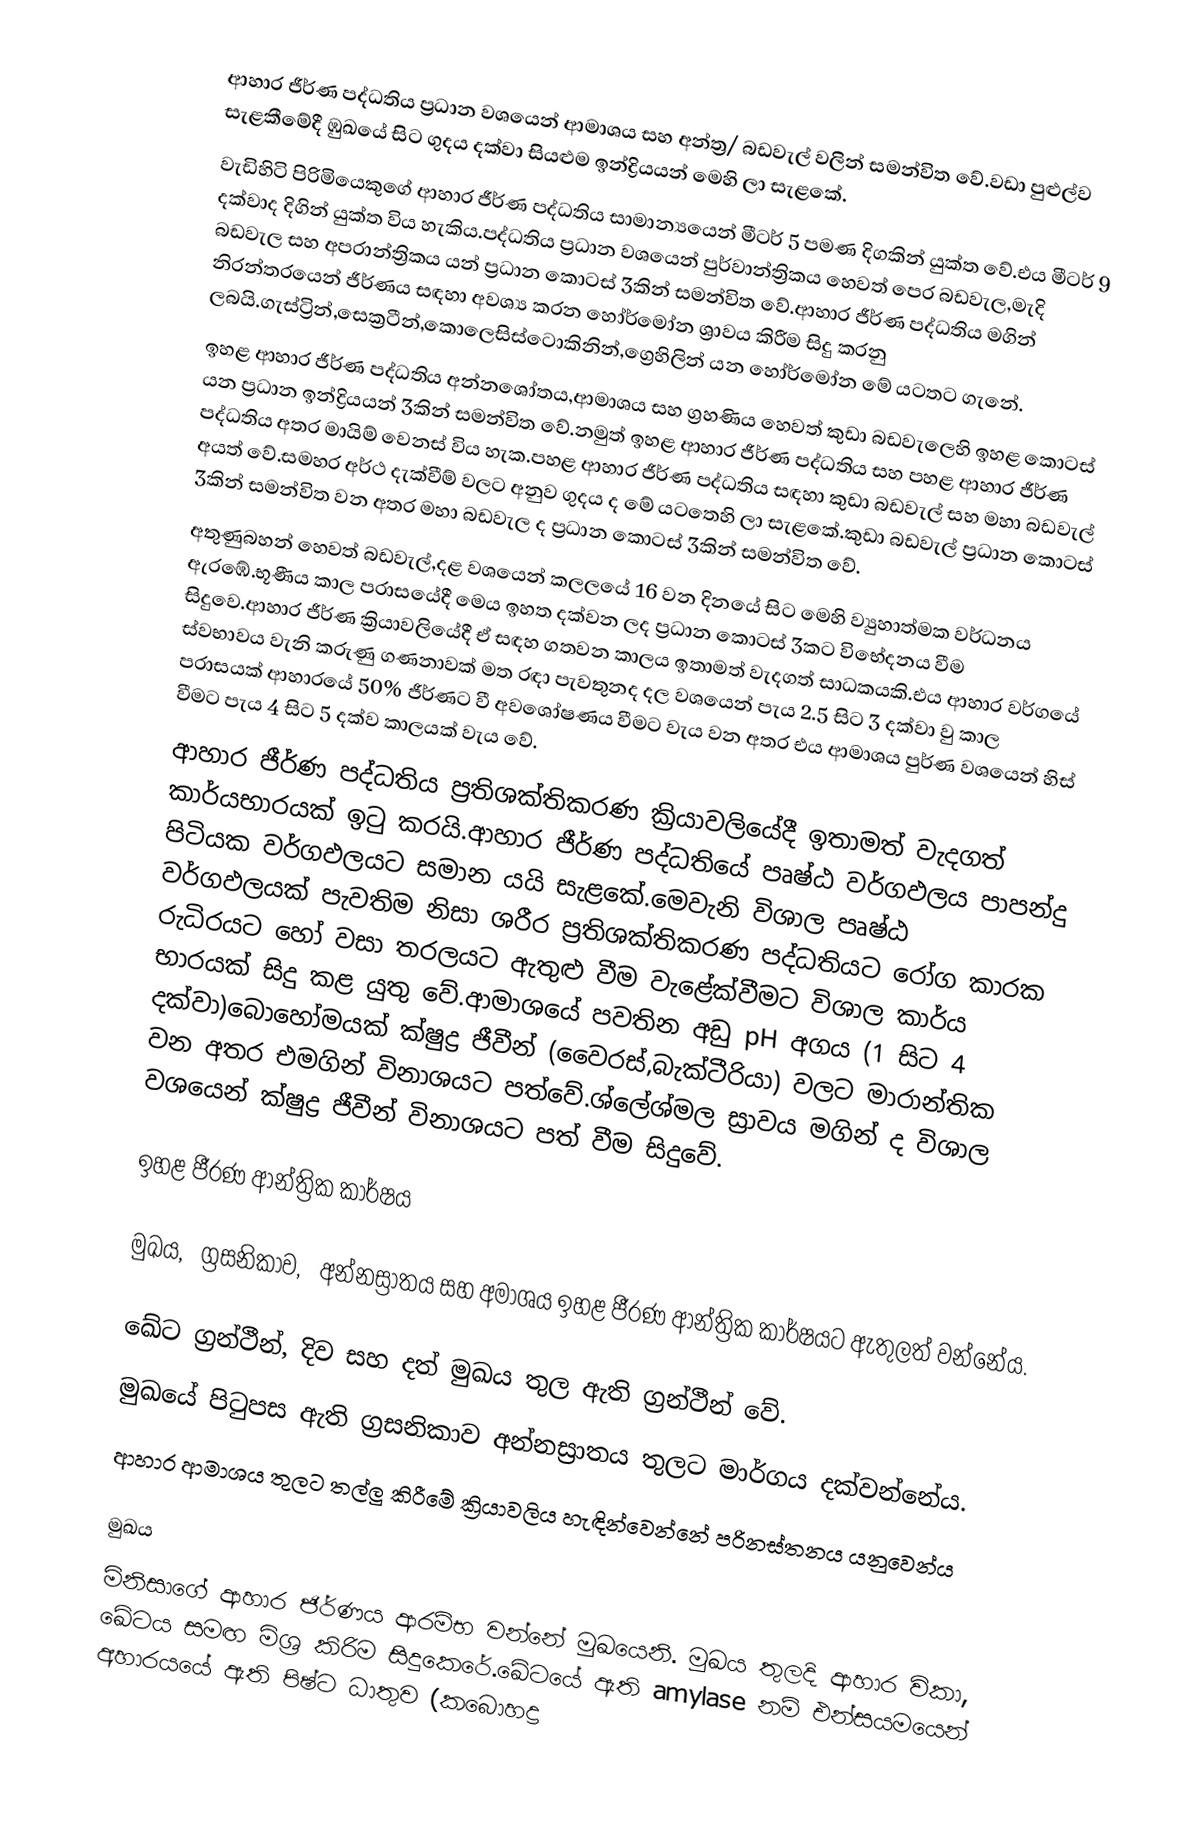
ආහාර ජීර්ණ පද්ධතිය ප්‍රධාන වශයෙන් ආමාශය සහ අන්ත්‍ර/ බඩවැල් වලින් සමන්විත වේ.වඩා පුළුල්ව සැළකීමේදී ඹුඛයේ සිට ගුදය දක්වා සියළුම ඉන්ද්‍රියයන් මෙහි ලා සැළකේ.
වැඩිහිටි පිරිමියෙකුගේ ආහාර ජීර්ණ පද්ධතිය සාමාන්‍යයෙන් මීටර් 5 පමණ දිගකින් යුක්ත වේ.එය මීටර් 9 දක්වාද දිගින් යුක්ත විය හැකිය.පද්ධතිය ප්‍රධාන වශයෙන් පුර්වාන්ත්‍රිකය හෙවත් පෙර බඩවැල,මැදි බඩවැල සහ අපරාන්ත්‍රිකය යන් ප්‍රධාන කොටස් 3කින් සමන්විත වේ.ආහාර ජීර්ණ පද්ධතිය මගින් නිරන්තරයෙන් ජීර්ණය සඳහා අවශ්‍ය කරන හෝර්මෝන ශ්‍රාවය කිරීම සිදු කරනු ලබයි.ගැස්ට්‍රින්,සෙක්‍රටීන්,කොලෙසිස්ටොකිනින්,ග්‍රෙහිලින් යන හෝර්මෝන මේ යටතට ගැනේ.
ඉහළ ආහාර ජීර්ණ පද්ධතිය අන්නශෝතය,ආමාශය සහ ග්‍රහණිය හෙවත් කුඩා බඩවැලෙහි ඉහළ කොටස් යන ප්‍රධාන ඉන්ද්‍රියයන් 3කින් සමන්විත වේ.නමුත් ඉහළ ආහාර ජීර්ණ පද්ධතිය සහ පහළ ආහාර ජීර්ණ පද්ධතිය අතර මායිම් වෙනස් විය හැක.පහළ ආහාර ජීර්ණ පද්ධතිය සඳහා කුඩා බඩවැල් සහ මහා බඩවැල් අයත් වේ.සමහර අර්ථ දැක්වීම් වලට අනුව ගුදය ද මේ යටතෙහි ලා සැළකේ.කුඩා බඩවැල් ප්‍රධාන කොටස් 3කින් සමන්විත වන අතර මහා බඩවැල ද ප්‍රධාන කොටස් 3කින් සමන්විත වේ.
අතුණුබහන් හෙවත් බඩවැල්,දළ වශයෙන් කලලයේ 16 වන දිනයේ සිට මෙහි ව්‍යුහාත්මක වර්ධනය ඇරඹේ.භූණීය කාල පරාසයේදී මෙය ඉහත දක්වන ලද ප්‍රධාන කොටස් 3කට විභේදනය වීම සිදුවෙ.ආහාර ජීර්ණ ක්‍රියාවලියේදී ඒ සඳහ ගතවන කාලය ඉතාමත් වැදගත් සාධකයකි.එය ආහාර වර්ගයේ ස්වභාවය වැනි කරුණු ගණනාවක් මත රඳා පැවතුනද දල වශයෙන් පැය 2.5 සිට 3 දක්වා වු කාල පරාසයක් ආහාරයේ 50% ජීර්ණට වී අවශෝෂණය වීමට වැය වන අතර එය ආමාශය පුර්ණ වශයෙන් හිස් වීමට පැය 4 සිට 5 දක්ව කාලයක් වැය වේ.
ආහාර ජීර්ණ පද්ධතිය ප්‍රතිශක්තිකරණ ක්‍රියාවලියේදී ඉතාමත් වැදගත් කාර්යභාරයක් ඉ‍ටු කරයි.ආහාර ජීර්ණ පද්ධතියේ පෘෂ්ඨ වර්ගඵලය පාපන්දු පිටියක වර්ගඵලයට සමාන යයි සැළකේ.මෙවැනි විශාල පෘෂ්ඨ වර්ගඵලයක් පැවතිම නිසා ශරීර ප්‍රතිශක්තිකරණ පද්ධතියට රෝග කාරක රුධිරයට හෝ වසා තරලයට ඇතුළු වීම වැළේක්වීමට විශාල කාර්ය භාරයක් සිදු කළ යුතු වේ.ආමාශයේ පවතින අඩු pH අගය (1 සිට 4 දක්වා)බොහෝමයක් ක්ෂුද්‍ර ජීවීන් (වෛරස්,බැක්ටීරියා) වලට මාරාන්තික වන අතර එමගින් විනාශයට පත්වේ.ශ්ලේශ්මල ස්‍රාවය මගින් ද විශාල වශයෙන් ක්ෂුද්‍ර ජීවීන් විනාශයට පත් වීම සිදුවේ.

ඉහළ ජීරණ ආන්ත්‍රික කාර්ෂය

මුඛය‚ ග්‍රසනිකාව‚ අන්නස්‍රාතය සහ අමාශය ඉහළ ජීරණ ආන්ත්‍රික කාර්ෂයට ඇතුලත් වන්නේය.

ඛේට ග්‍රන්ථීන්‚ දිව සහ දත් මුඛය තුල ඇති ග්‍රන්ථීන් වේ.
මුඛයේ පිටුපස ඇති ග්‍රසනිකාව අන්නස්‍රාතය තුලට මාර්ගය දක්වන්නේය.
ආහාර ආමාශය තුලට තල්ලු කිරීමේ ක්‍රියාවලිය හැඳින්වෙන්නේ පරිනස්තනය යනුවෙන්ය

මුඛය
මිනිසාගේ ආහාර ජිර්ණය ආරම්භ වන්නේ මුඛයෙනි. මුඛය තුලදි ආහාර විකා, ඛේටය සමඟ මිශ්‍ර කිරිම සිදුකෙරේ.ඛේටයේ ඇති amylase නම් එන්සයමයෙන් අහාරයයේ ඇති පිෂ්ට ධාතුව (කබොහද්‍ර